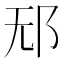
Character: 𰻡